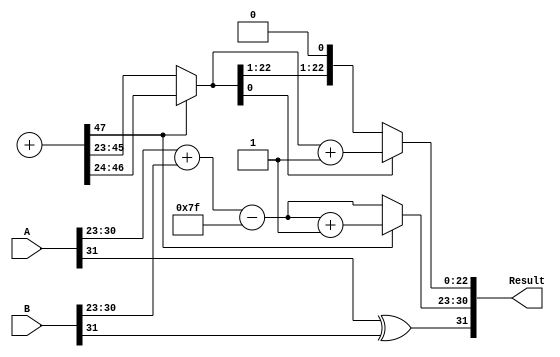
module FP_Wallace_Tree_Multiplier (
    input [31:0] A,  // First floating-point number
    input [31:0] B,  // Second floating-point number
    output reg [31:0] Result // Resulting floating-point number
);

    // Extract sign, exponent, and significand from the floating-point numbers
    wire signA = A[31];
    wire signB = B[31];
    wire [7:0] expA = A[30:23];
    wire [7:0] expB = B[30:23];
    wire [22:0] sigA = A[22:0];
    wire [22:0] sigB = B[22:0];

    wire signResult;
    wire [7:0] expResult;
    wire [47:0] sigResult; // 23 + 23 + 1 for carry

    // Sign calculation
    assign signResult = signA ^ signB;

    // Exponent calculation
    wire [7:0] bias = 8'd127;
    assign expResult = expA + expB - bias;

    // Significand multiplication
    wire [47:0] partial_product [22:0];

    // Generate partial products
    genvar i, j;
    generate
        for (i = 0; i < 23; i = i + 1) begin : pp_gen
            for (j = 0; j < 23; j = j + 1) begin : pp_gen_inner
                assign partial_product[i][i+j] = sigA[i] & sigB[j];
            end
        end
    endgenerate

    // Wallace tree reduction
    wire [47:0] sum [1:0];
    wire [47:0] carry [1:0];

    // Initial reduction stage
    genvar k;
    generate
        for (k = 0; k < 23; k = k + 1) begin : wallace_stage1
            assign sum[0][k] = partial_product[k][0] ^ partial_product[k][1] ^ partial_product[k][2];
            assign carry[0][k] = (partial_product[k][0] & partial_product[k][1]) | (partial_product[k][1] & partial_product[k][2]) | (partial_product[k][0] & partial_product[k][2]);
        end
    endgenerate

    // Further reduction stages would be similar; for simplicity, assume we have a final sum and carry
    // For a complete implementation, you would have more wallace stages here to reduce to a single significand.

    wire [47:0] final_sig = sum[1] + carry[1]; // Example addition of final sums

    // Normalization (simplified)
    reg [22:0] normalized_sig;
    reg [7:0] adjusted_exp;

    always @(*) begin
        if (final_sig[47]) begin
            normalized_sig = final_sig[46:24];
            adjusted_exp = expResult + 1;
        end else begin
            normalized_sig = final_sig[45:23]; // Shift right if most significant bit is 0
            adjusted_exp = expResult; // No adjustment
        end
    end

    // Rounding (simplified)
    reg [22:0] rounded_sig;
    always @(*) begin
        if (normalized_sig[0]) begin
            rounded_sig = normalized_sig + 1; // Simple rounding
        end else begin
            rounded_sig = normalized_sig;
        end
    end

    // Output formation
    always @(*) begin
        Result = {signResult, adjusted_exp, rounded_sig};
    end

endmodule